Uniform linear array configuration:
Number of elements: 16
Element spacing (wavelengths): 0.75
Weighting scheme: binomial
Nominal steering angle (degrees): -45
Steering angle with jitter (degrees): -45.951
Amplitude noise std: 0.05
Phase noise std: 0.05

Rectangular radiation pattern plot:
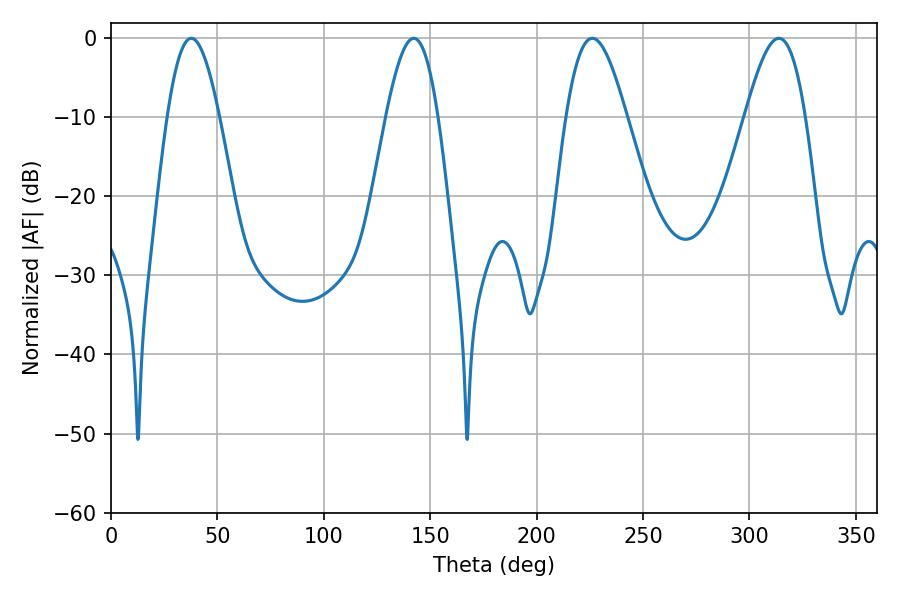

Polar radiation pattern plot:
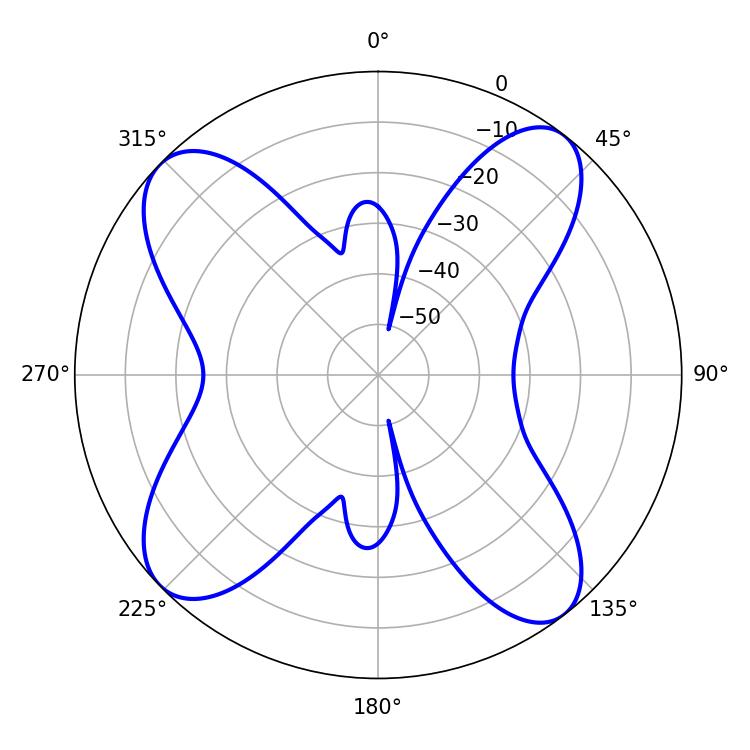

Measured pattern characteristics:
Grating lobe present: TRUE
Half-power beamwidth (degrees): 13.14
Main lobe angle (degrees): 37.8